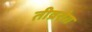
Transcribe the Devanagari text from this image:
तीव्ररोग